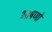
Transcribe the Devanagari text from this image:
भाषणो